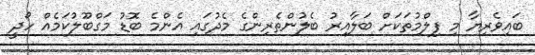
ބައިވެރިޔާ މި ފިލްމުތަކަށް ބަލާއިރު ބެލުންތެރިންގެ މެދުގައި އެންމެ ބޮޑު މަގްބޫލުކަމެއް ހޯދީ